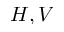
H , V